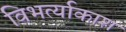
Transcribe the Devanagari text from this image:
विभर्त्याकाश